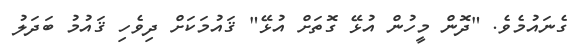
ގެނައުމެވެ. "ދޮން މީހުން އުޅޭ ގޮތަށް އުޅޭ" ޤައުމަކަށް ދިވެހި ޤައުމު ބަދަލު